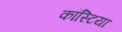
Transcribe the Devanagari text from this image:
कॉस्टिया